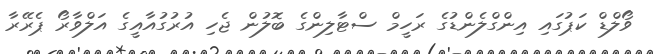
ވޯލްޑް ކަޕުގައި އިންގްލެންޑުގެ ރަހީމް ސްޓާލިންގެ ބޮލުން ޖެހި އުރުގުއާއީގެ އަލްވާރޯ ޕެރޭރާ